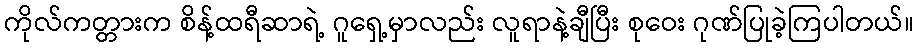
ကိုလ်ကတ္တားက စိန့်ထရီဆာရဲ့ ဂူရှေ့မှာလည်း လူရာနဲ့ချီပြီး စုဝေး ဂုဏ်ပြုခဲ့ကြပါတယ်။